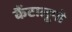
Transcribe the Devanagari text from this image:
कैंटालूपो